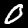
Digit: 0